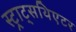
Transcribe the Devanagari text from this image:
स्ट्राट्सथिएटर